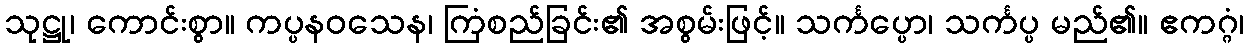
သုဋ္ဌု၊ ကောင်းစွာ။ ကပ္ပနဝသေန၊ ကြံစည်ခြင်း၏ အစွမ်းဖြင့်။ သင်္ကပ္ပော၊ သင်္ကပ္ပ မည်၏။ ဧကဂ္ဂံ၊